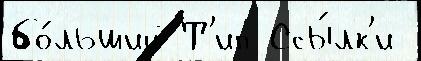
бо́льший Т'ип Ссы́лк'и